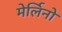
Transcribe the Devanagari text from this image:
मेर्लिनो